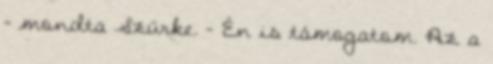
- mondta Szürke. - Én is támogatom. Az a